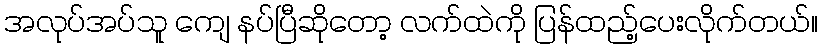
အလုပ်အပ်သူ ကျေ နပ်ပြီဆိုတော့ လက်ထဲကို ပြန်ထည့်ပေးလိုက်တယ်။